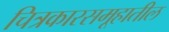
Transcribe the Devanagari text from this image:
चित्रकारसमूहातील